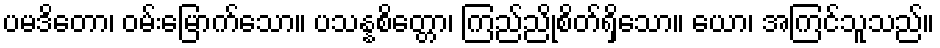
ပမဒိတော၊ ဝမ်းမြောက်သော။ ပသန္နစိတ္တော၊ ကြည်ညိုစိတ်ရှိသော။ ယော၊ အကြင်သူသည်။